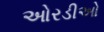
ઓરડીઓ